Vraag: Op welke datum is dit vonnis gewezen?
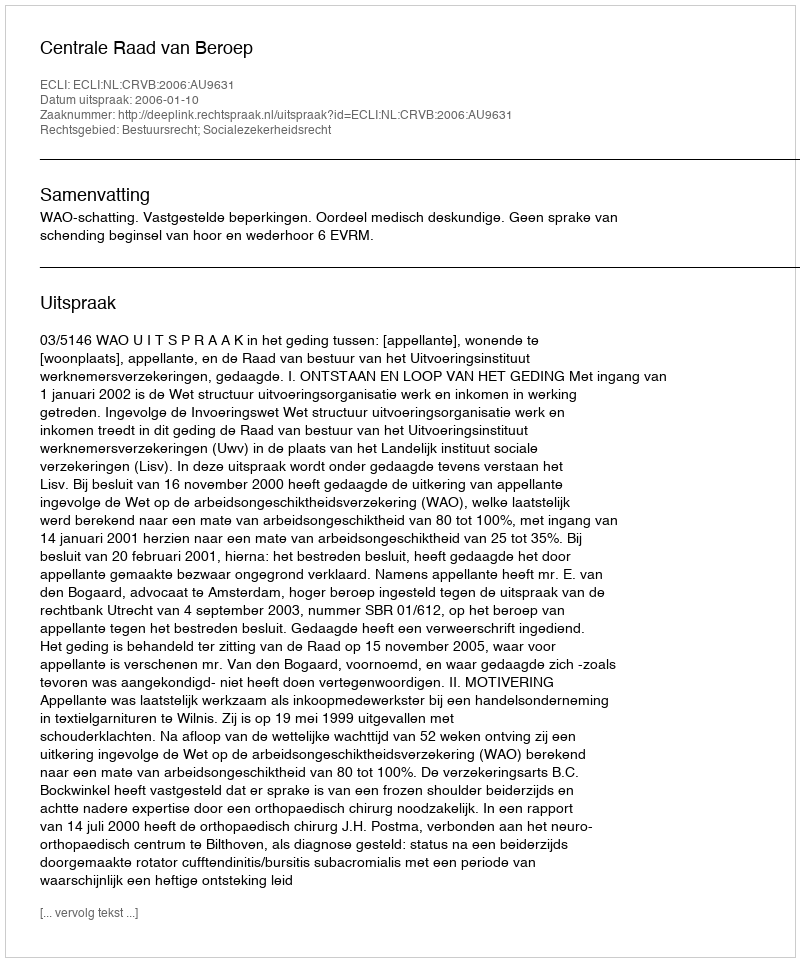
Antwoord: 2006-01-10